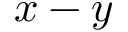
x - y